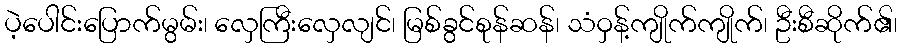
ပဲ့ပေါင်းပြောက်မွမ်း၊ လှေကြီးလှေလျင်၊ မြစ်ခွင်စုန်ဆန်၊ သံဝှန့်ကျိုက်ကျိုက်၊ ဦးစီဆိုက်၏၊